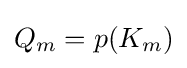
Q_{m}=p(K_{m})